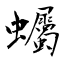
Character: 蠾